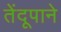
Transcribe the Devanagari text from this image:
तेंदूपाने